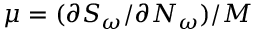
\mu = ( \partial S _ { \omega } / \partial N _ { \omega } ) / M